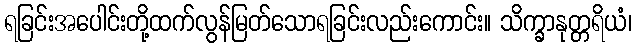
ရခြင်းအပေါင်းတို့ထက်လွန်မြတ်သောရခြင်းလည်းကောင်း။ သိက္ခာနုတ္တရိယံ၊